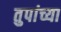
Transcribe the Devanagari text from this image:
तुपांच्या